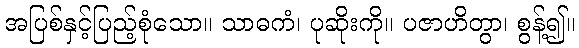
အပြစ်နှင့်ပြည့်စုံသော။ သာဓကံ၊ ပုဆိုးကို။ ပဇာဟိတွာ၊ စွန့်၍။